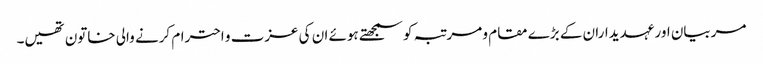
مربیان اور عہدیداران کے بڑے مقام و مرتبہ کو سمجھتے ہوئے ان کی عزت و احترام کرنے والی خاتون تھیں۔